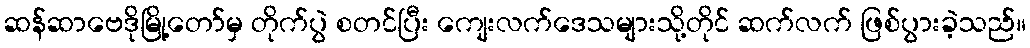
ဆန်ဆာဗေဒိုမြို့တော်မှ တိုက်ပွဲ စတင်ပြီး ကျေးလက်ဒေသများသို့တိုင် ဆက်လက် ဖြစ်ပွားခဲ့သည်။